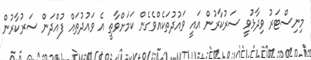
މިނިސްޓަރު ވިދާޅުވީ ސަރުކާރުން އައީ ވައުދުތަކެއްވެގެން ކަމަށްވާތީ އެ ވައުދުތައް ފުއްދަން ސަރުކާރުން